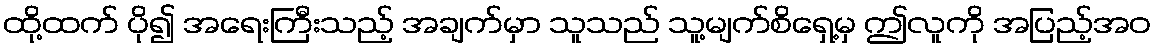
ထို့ထက် ပို၍ အရေးကြီးသည့် အချက်မှာ သူသည် သူ့မျက်စိရှေ့မှ ဤလူကို အပြည့်အဝ